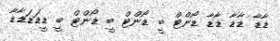
ޑާޑާ ޑާޑާ ޑާޑާ ޑޯންޓް ބީ ޑޯންޓް ބީ ޑޯންޓް ބީ ޑީޑަޑަޑާޑާ